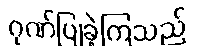
ဂုဏ်ပြုခဲ့ကြသည်